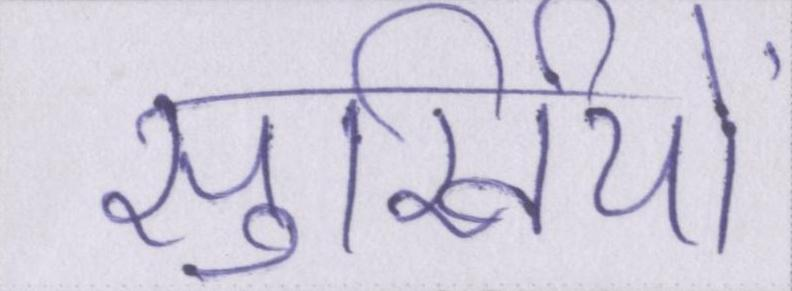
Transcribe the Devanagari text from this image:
सुर्खियों